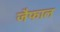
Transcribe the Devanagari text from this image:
जैफाल